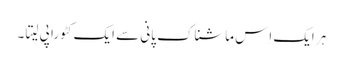
ہر ایک اِس ماشناک پانی سے ایک کٹورا پی لیتا ۔